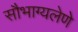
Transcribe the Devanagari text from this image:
सौभाग्यलेणे